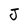
Character: J